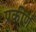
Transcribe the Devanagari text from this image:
प्रकीर्णं